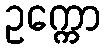
ဥက္ကော